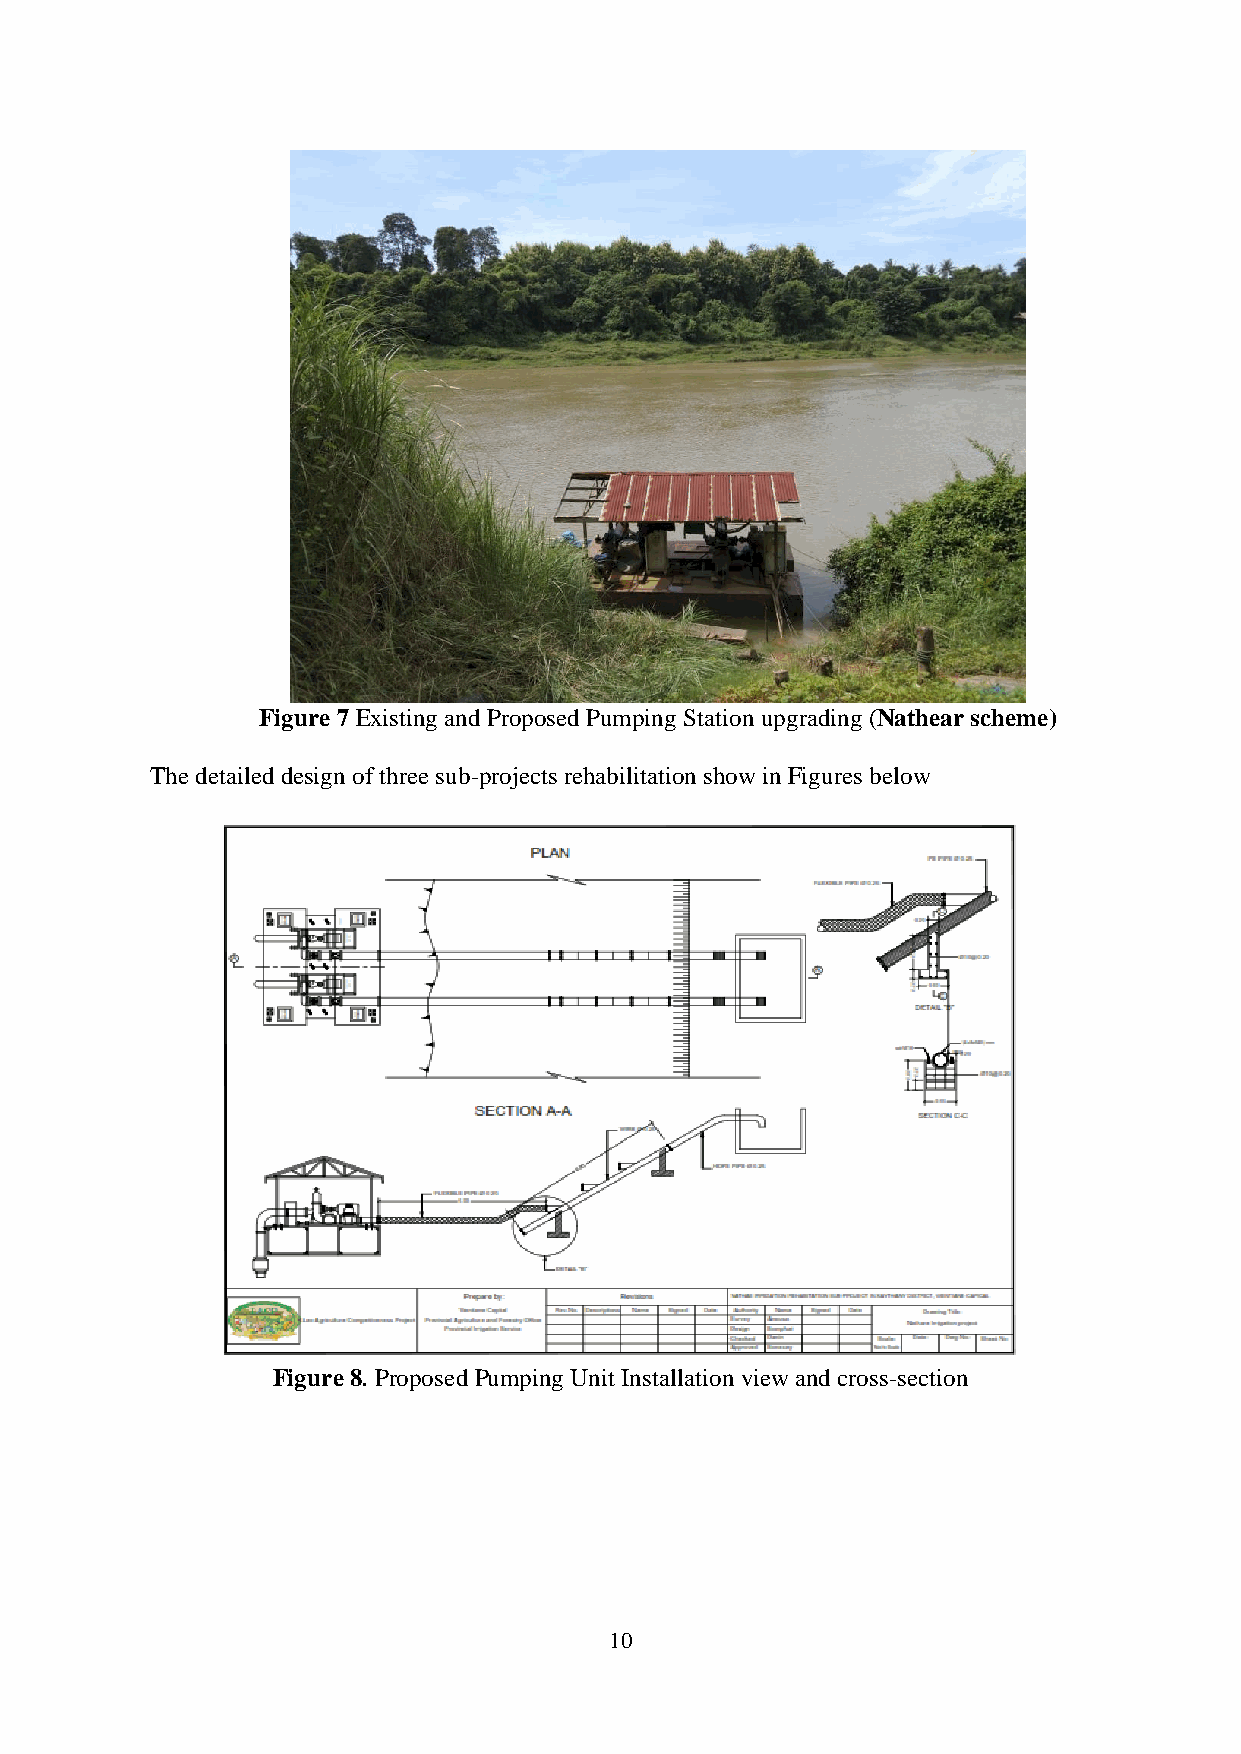
Figure 7 Existing and Proposed Pumping Station upgrading (Nathear scheme)
 The detailed design of three sub-projects rehabilitation show in Figures below
 Figure 8. Proposed Pumping Unit Installation view and cross-section
 10